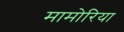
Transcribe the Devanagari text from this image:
मामोरिया